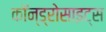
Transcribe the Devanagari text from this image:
कॉन्ड्रोसाइट्स